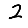
Digit: 2